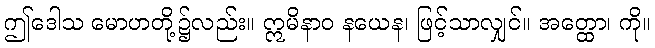
ဤဒေါသ မောဟတို့၌လည်း။ ဣမိနာဝ နယေန၊ ဖြင့်သာလျှင်။ အတ္ထော၊ ကို။